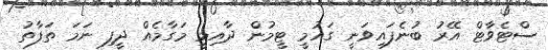
ސްޓެވާޓް އޭރު ބުނެފައިވަނީ ގައުމީ ޓީމުން ދާއިމީ މަގާމެއް ދީފި ނަމަ ތަފާތު